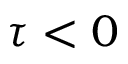
\tau < 0